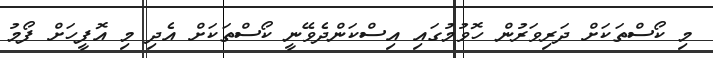
މި ކޯސްތަކަށް ދަރިވަރުން ހޮވުމުގައި އިސްކަންދެވޭނީ ކޯސްތަކަށް އެދި މި އޮފީހަށް ފޯމު